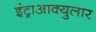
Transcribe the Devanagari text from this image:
इंट्राआक्युलार